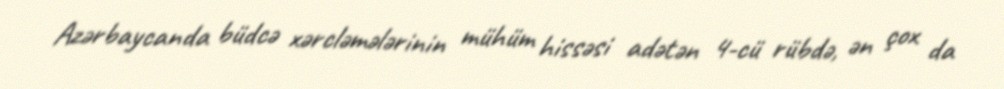
Azərbaycanda büdcə xərcləmələrinin mühüm hissəsi adətən 4-cü rübdə, ən çox da